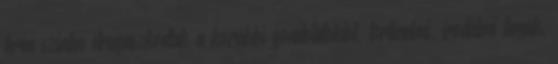
terén szintén elrugaszkodtak a korábbi gondolatoktól, történelmi, irodalmi témák,